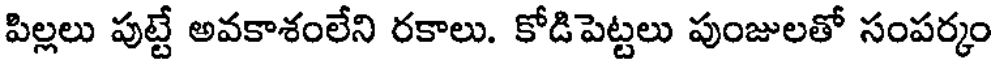
పిల్లలు పుట్టే అవకాశంలేని రకాలు. కోడిపెట్టలు పుంజులతో సంపర్కం